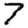
Digit: 7